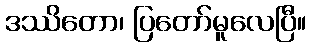
ဒဿိတော၊ ပြတော်မူလေပြီ။